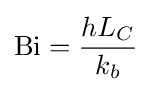
\mathrm {Bi} ={\frac {hL_{C}}{k_{b}}}